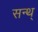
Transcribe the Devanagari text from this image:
सन्थ्